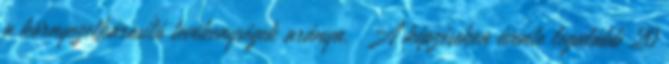
a környezetkárosító tevékenységek aránya. ▪A képzéseken évente legalább 20